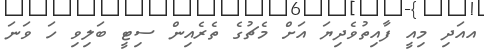
އއަދި މިއީ ފާއިތުވެދިޔަ އަށް މެޗުގެ ތެރެއިން ސިޓީ ބަލިވި ހަ ވަނަ